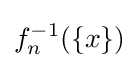
f_{n}^{-1}(\{x\})